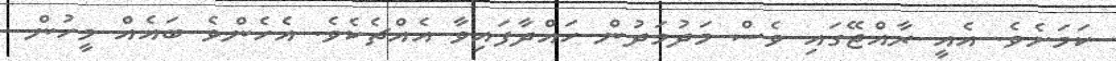
ކަމަށެވެ. އެއީ ރާއްޖޭގައި ވެސް މަދުމަދުން ހައްދާފައިވާ އެއްޗެކެވެ. އެހެންވެ ބައެއް މީހުން